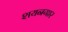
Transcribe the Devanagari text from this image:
शयनगार